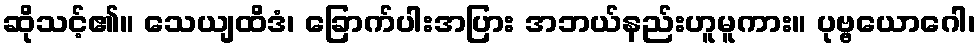
ဆိုသင့်၏။ သေယျထိဒံ၊ ခြောက်ပါးအပြား အဘယ်နည်းဟူမူကား။ ပုဗ္ဗယောဂေါ၊